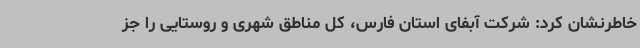
خاطرنشان کرد: شرکت آبفای استان فارس، کل مناطق شهری و روستایی را جز